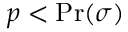
p < \Pr ( \sigma )